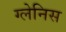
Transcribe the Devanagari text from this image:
ग्लेनिस